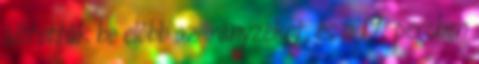
állították be előbb az irányzékot, és a 19. percben